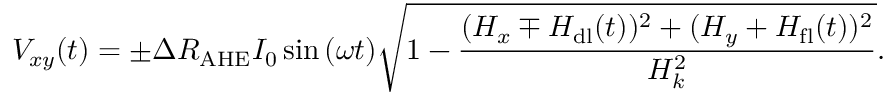
V _ { x y } ( t ) = \pm \Delta R _ { \mathrm { A H E } } I _ { 0 } \sin { ( \omega t ) } \sqrt { 1 - \frac { ( H _ { x } \mp H _ { \mathrm { d l } } ( t ) ) ^ { 2 } + ( H _ { y } + H _ { \mathrm { f l } } ( t ) ) ^ { 2 } } { H _ { k } ^ { 2 } } } .